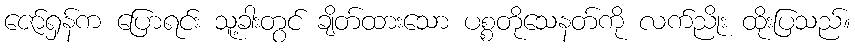
ဇော်ရှန်က ပြောရင်း သူ့ခါးတွင် ချိတ်ထားသော ပစ္စတိုသေနတ်ကို လက်ညိုး ထိုးပြသည်။